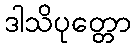
ဒါသိပုတ္တော